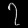
Digit: ၇